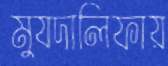
মুযদালিফায়